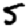
Digit: 5